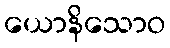
ယောနိသောဝ